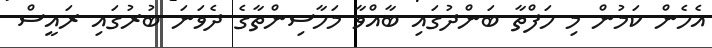
އެހެން ކަމުން މި ހަފްތާ ބަންދުގައި ބާއްވާ މަހާސިންތާގެ ދެވަނަ ބުރުގައި ރައީސް